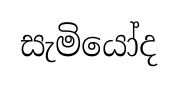
සැමියෝද